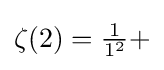
{\textstyle \zeta (2)={\frac {1}{1^{2}}}+}